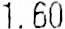
1.60